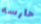
حارسه